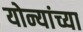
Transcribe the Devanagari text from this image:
योन्यांच्या